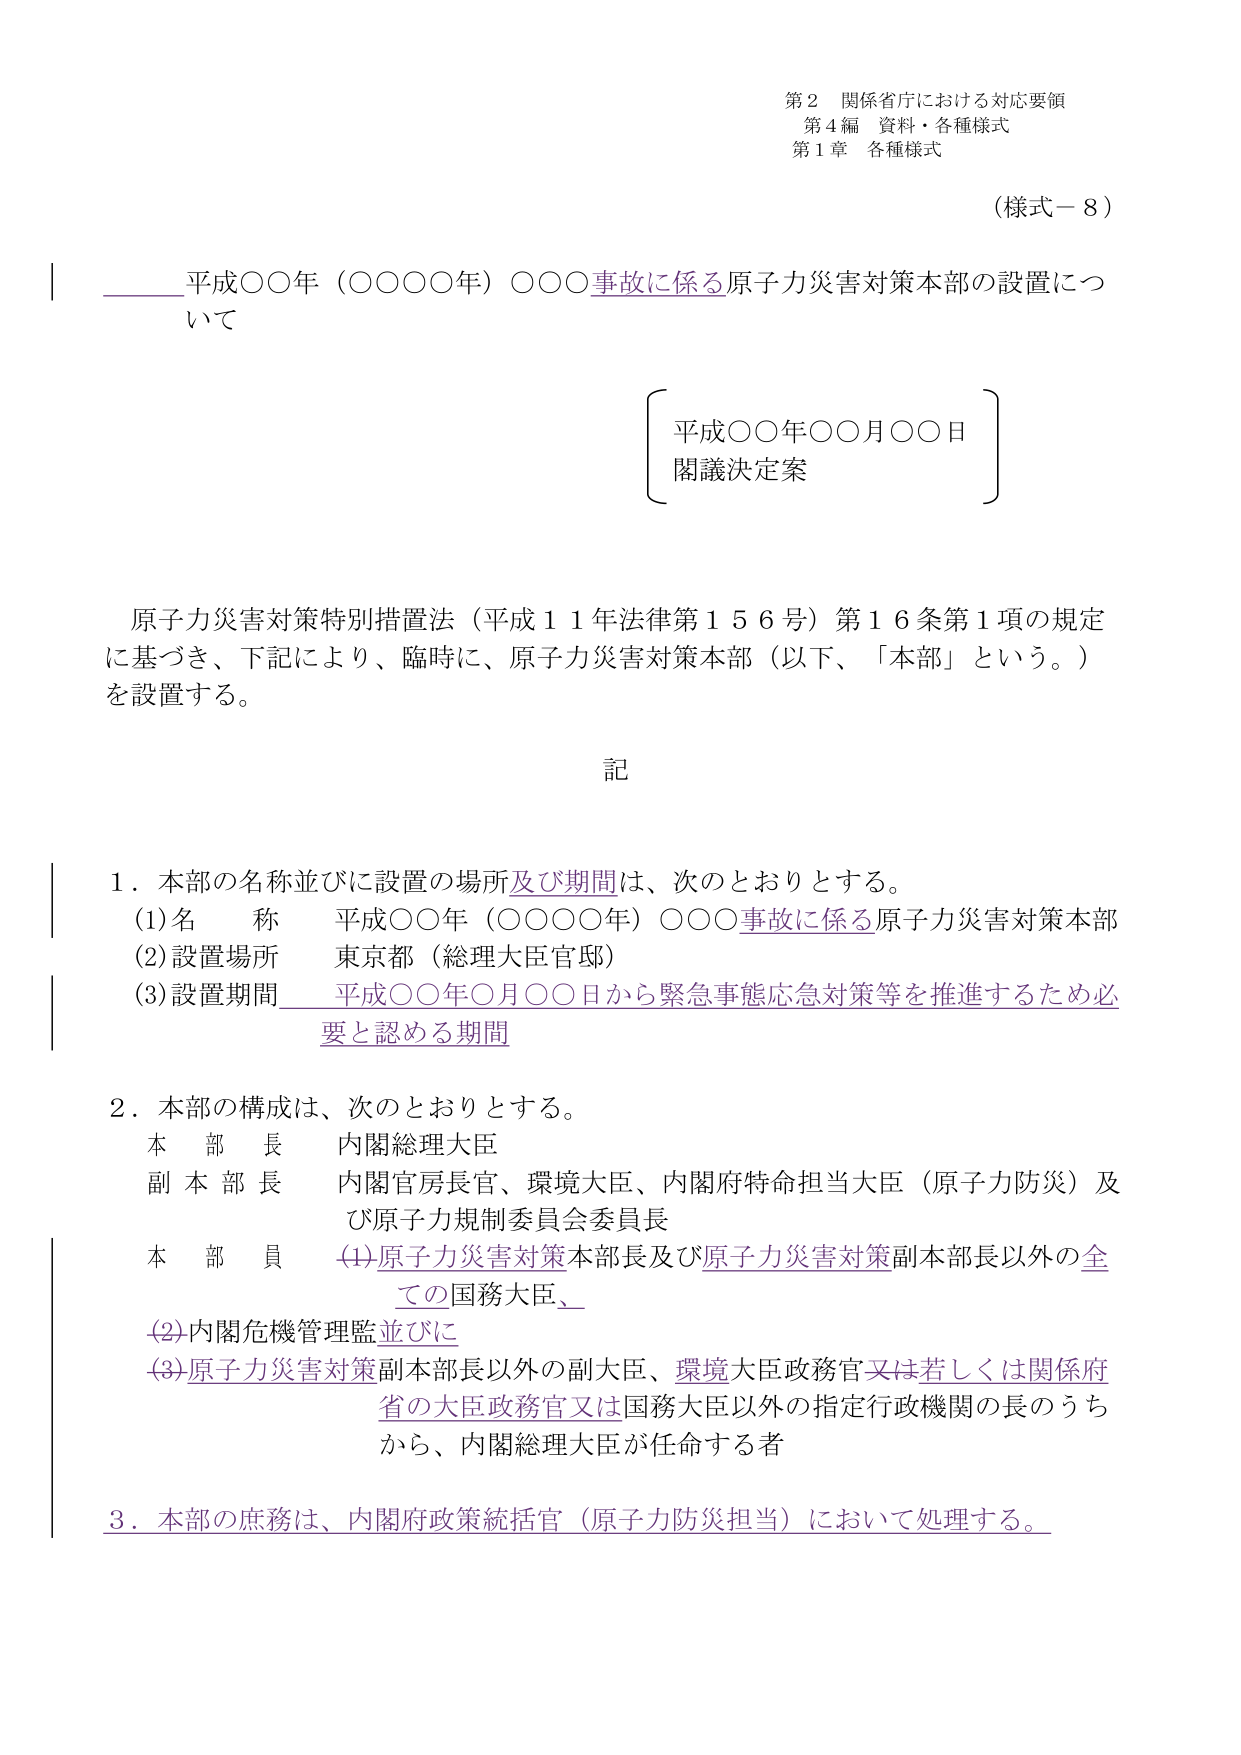
第２ 関係省庁における対応要領
第４編 資料・各種様式
第１章 各種様式

（様式－８）

平成〇〇年（〇〇〇〇年）〇〇〇事故に係る原子力災害対策本部の設置について

平成〇〇年〇〇月〇〇日
閣議決定案

原子力災害対策特別措置法（平成１１年法律第１５６号）第１６条第１項の規定に基づき、下記により、臨時に、原子力災害対策本部（以下、「本部」という。）を設置する。

記

１．本部の名称並びに設置の場所及び期間は、次のとおりとする。
　(1) 名　称　平成〇〇年（〇〇〇〇年）〇〇〇事故に係る原子力災害対策本部
　(2) 設置場所　東京都（総理大臣官邸）
　(3) 設置期間　平成〇〇年〇月〇〇日から緊急事態応急対策等を推進するため必要と認める期間

２．本部の構成は、次のとおりとする。
　本　部　長　内閣総理大臣
　副本部長　内閣官房長官、環境大臣、内閣府特命担当大臣（原子力防災）及び原子力規制委員会委員長
　本　部　員　(1) 原子力災害対策本部長及び原子力災害対策副本部長以外の全ての国務大臣、
　　　　　　　(2) 内閣危機管理監並びに
　　　　　　　(3) 原子力災害対策副本部長以外の副大臣、環境大臣政務官又は若しくは関係府省の大臣政務官又は国務大臣以外の指定行政機関の長のうちから、内閣総理大臣が任命する者

３．本部の庶務は、内閣府政策統括官（原子力防災担当）において処理する。